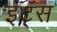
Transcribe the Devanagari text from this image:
इट्‍स